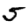
Digit: 5